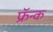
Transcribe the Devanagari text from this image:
फ्रॅन्क